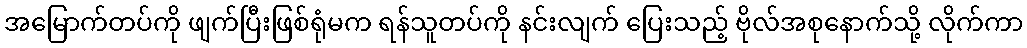
အမြောက်တပ်ကို ဖျက်ပြီးဖြစ်ရုံမက ရန်သူတပ်ကို နင်းလျက် ပြေးသည့် ဗိုလ်အစုနောက်သို့ လိုက်ကာ